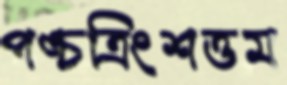
পঙ্চত্রিংশত্তম